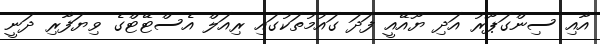
އާއި ސިންގަޕޫރު އަދި ޔޫއޭއީ ފަދަ ގައުމުތަކުގައި ރިއަލް އެސްޓޭޓްގެ ވިޔަފާރި ދަނީ